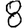
Digit: 8